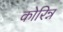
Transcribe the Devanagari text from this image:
कोरिन्न